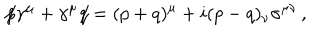
\not { \! p } \gamma ^ { \mu } + \gamma ^ { \mu } \! \! \not { \! q } = ( p + q ) ^ { \mu } + i ( p - q ) _ { \nu } \sigma ^ { \mu \nu } \, ,